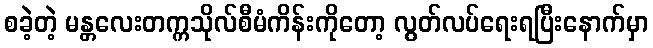
စခဲ့တဲ့ မန္တလေးတက္ကသိုလ်စီမံကိန်းကိုတော့ လွတ်လပ်ရေးရပြီးနောက်မှာ